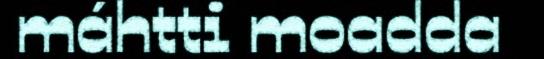
máhtti moadda